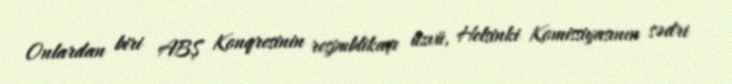
Onlardan biri ABŞ Konqresinin respublikaçı üzvü, Helsinki Komissiyasının sədri